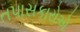
તપાસકારોએ